Indian journal of veterinary science and animal husbandry - Volumes 18-21, 1948-1951
Year: 1948
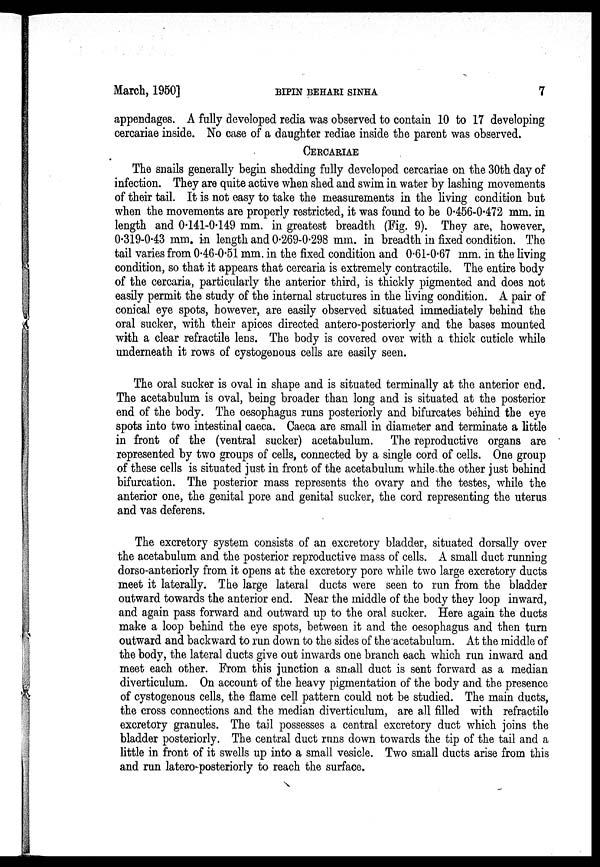
March, 1950]
BIPIN
BEHARI
SINHA
7
appendages. A fully developed redia was observed to contain 10 to 17 developing
cercariae inside. No case of a daughter rediae inside the parent was observed.
CERCARIAE
The snails generally begin shedding fully developed cercariae on the 30th day of
infection. They are quite active when shed and swim in water by lashing movements
of their tail. It is not easy to take the measurements in the living condition but
when the movements are properly restricted, it was found to be 0.456-0.472 mm. in
length and 0.141-0.149 mm. in greatest breadth (Fig. 9). They are, however,
0.319-0.43 mm. in length and 0.269-0.298 mm. in breadth in fixed condition. The
tail varies from 0.46-0.51 mm. in the fixed condition and 0.61-0.67 mm. in the living
condition, so that it appears that cercaria is extremely contractile. The entire body
of the cercaria, particularly the anterior third, is thickly pigmented and does not
easily permit the study of the internal structures in the living condition. A pair of
conical eye spots, however, are easily observed situated immediately behind the
oral sucker, with their apices directed antero-posteriorly and the bases mounted
with a clear refractile lens. The body is covered over with a thick cuticle while
underneath it rows of cystogenous cells are easily seen.
The oral sucker is oval in shape and is situated terminally at the anterior end.
The acetabulum is oval, being broader than long and is situated at the posterior
end of the body. The oesophagus runs posteriorly and bifurcates behind the eye
spots into two intestinal caeca. Caeca are small in diameter and terminate a little
in front of the (ventral sucker) acetabulum. The reproductive organs are
represented by two groups of cells, connected by a single cord of cells. One group
of these cells is situated just in front of the acetabulum while the other just behind
bifurcation. The posterior mass represents the ovary and the testes, while the
anterior one, the genital pore and genital sucker, the cord representing the uterus
and vas deferens.
The excretory system consists of an excretory bladder, situated dorsally over
the acetabulum and the posterior reproductive mass of cells. A small duct running
dorso-anteriorly from it opens at the excretory pore while two large excretory ducts
meet it laterally. The large lateral ducts were seen to run from the bladder
outward towards the anterior end. Near the middle of the body they loop inward,
and again pass forward and outward up to the oral sucker. Here again the ducts
make a loop behind the eye spots, between it and the oesophagus and then turn
outward and backward to run down to the sides of the acetabulum. At the middle of
the body, the lateral ducts give out inwards one branch each which run inward and
meet each other. From this junction a small duct is sent forward as a median
diverticulum. On account of the heavy pigmentation of the body and the presence
of cystogenous cells, the flame cell pattern could not be studied. The main ducts,
the cross connections and the median diverticulum, are all filled with refractile
excretory granules. The tail possesses a central excretory duct which joins the
bladder posteriorly. The central duct runs down towards the tip of the tail and a
little in front of it swells up into a small vesicle. Two small ducts arise from this
and run latero-posteriorly to reach the surface.